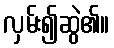
လှမ်း၍ဆွဲ၏။